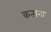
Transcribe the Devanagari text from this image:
कताना